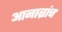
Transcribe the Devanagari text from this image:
आनाब्रांच